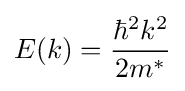
E(k)={\frac {\hbar ^{2}k^{2}}{2m^{*}}}